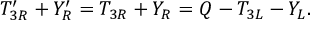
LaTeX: T _ { 3 R } ^ { \prime } + Y _ { R } ^ { \prime } = T _ { 3 R } + Y _ { R } = Q - T _ { 3 L } - Y _ { L } .